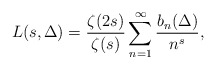
\begin{align*}L(s, \Delta) = \frac{\zeta(2s)}{\zeta(s)} \sum_{n=1}^{\infty} \frac{b_n(\Delta)}{n^s},\end{align*}